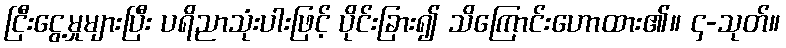
ငြီးငွေ့မှုများပြီး ပရိညာသုံးပါးဖြင့် ပိုင်းခြား၍ သိကြောင်းဟောထား၏။ ၄-သုတ်။